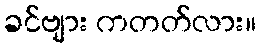
ခင်ဗျား ကတတ်လား။